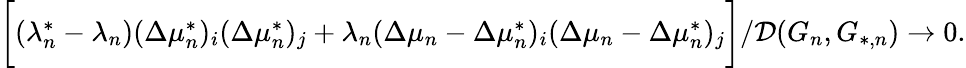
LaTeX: \begin{array}{r}{\biggr[(\lambda_{n}^{*}-\lambda_{n})(\Delta\mu_{n}^{*})_{i}(\Delta\mu_{n}^{*})_{j}+\lambda_{n}(\Delta\mu_{n}-\Delta\mu_{n}^{*})_{i}(\Delta\mu_{n}-\Delta\mu_{n}^{*})_{j}\biggr]/\mathcal{D}(G_{n},G_{*,n})\to 0.}\end{array}